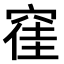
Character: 𮄂